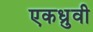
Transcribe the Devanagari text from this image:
एकध्रुवी